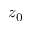
z _ { 0 }